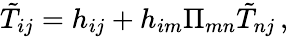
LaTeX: \tilde{T}_{ij}=h_{ij}+h_{im}\Pi_{mn}\tilde{T}_{nj}\, ,